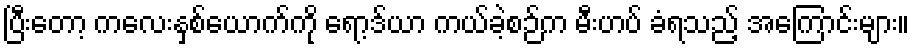
ပြီးတော့ ကလေးနှစ်ယောက်ကို ရော့ဒ်ယာ ကယ်ခဲ့စဉ်က မီးဟပ် ခံရသည့် အကြောင်းများ။